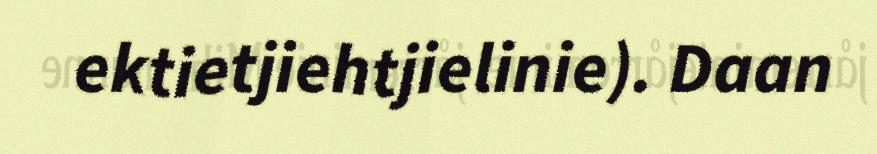
ektietjiehtjielinie). Daan